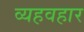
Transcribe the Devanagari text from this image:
व्यहवहार